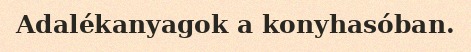
Adalékanyagok a konyhasóban.